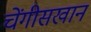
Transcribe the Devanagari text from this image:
चेंगीसखान